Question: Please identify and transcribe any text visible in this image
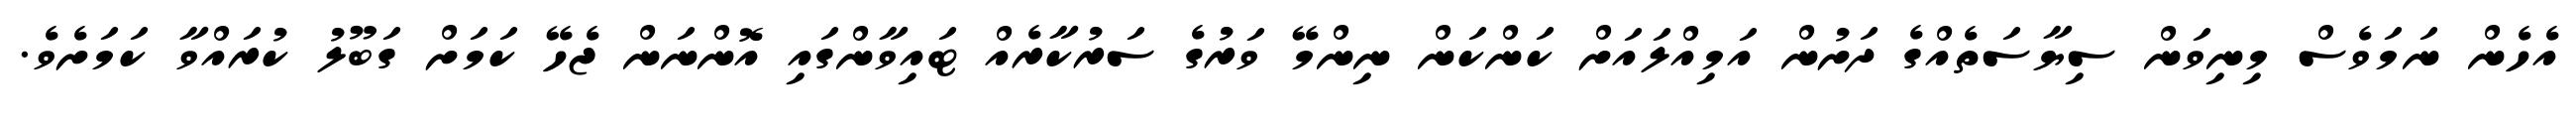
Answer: އެހެން ނަމަވެސް މިނިވަން ސިޔާސަތެއްގެ ދަށުން އަމިއްލައަށް ކަންކަން ނިންމޭ ވަރުގެ ސަރުކާރެއް ޓައިވާންގައި އޮންނަން ޖެހޭ ކަމަށް ގަބޫލު ކުރައްވާ ކަމަށެވެ.